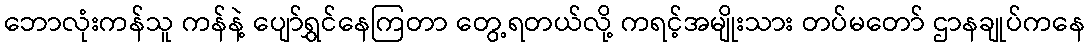
ဘောလုံးကန်သူ ကန်နဲ့ ပျော်ရွှင်နေကြတာ တွေ့ရတယ်လို့ ကရင့်အမျိုးသား တပ်မတော် ဌာနချုပ်ကနေ